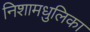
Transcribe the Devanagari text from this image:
निशामधुलिका